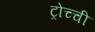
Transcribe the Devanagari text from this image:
ट्रोच्ची